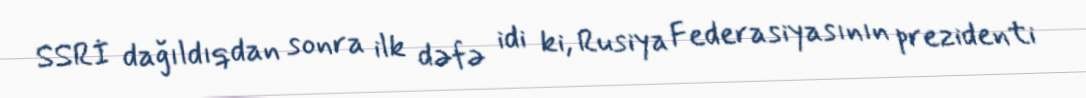
SSRİ dağıldıqdan sonra ilk dəfə idi ki, Rusiya Federasiyasının prezidenti